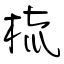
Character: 梳